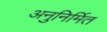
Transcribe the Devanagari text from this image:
अनुनिर्मित